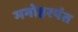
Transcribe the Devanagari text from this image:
मनोहरपंत